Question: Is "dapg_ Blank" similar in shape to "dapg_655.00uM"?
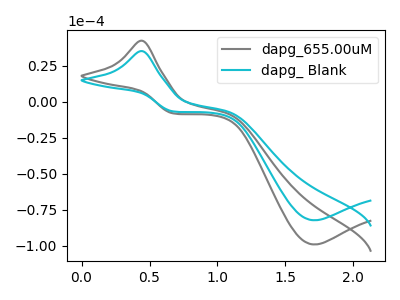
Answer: <think>The gray curve "dapg_655.00uM" has an anodic peak at (0.45V, 42.45uA) and a cathodic peak at (1.70V, -99.00uA). The cyan curve "dapg_ Blank" has an anodic peak at (0.45V, 35.25uA) and a cathodic peak at (1.70V, -82.20uA).
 All the peaks in "dapg_ Blank" have a peak in "dapg_655.00uM" at the same potential. Every peak in "dapg_ Blank" is lower than every peak in "dapg_655.00uM".</think>
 <answer>"dapg_ Blank" and "dapg_655.00uM" are similar in shape.</answer>
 <eval>same_shape</eval>